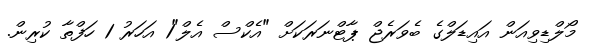
މޯލްޑިވިއަން އައިޑަލްގެ ބެވަރެޖް ޕާޓްނަރަކަށް "އެކްސް އެލް"1 އަހަރު 1 ހަފްތާ ކުރިން.